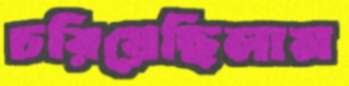
চরিয়েছিলাম